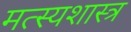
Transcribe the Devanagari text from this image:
मत्स्यशास्त्र